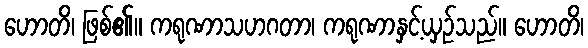
ဟောတိ၊ ဖြစ်၏။ ကရုဏာသဟဂတာ၊ ကရုဏာနှင့်ယှဉ်သည်။ ဟောတိ၊